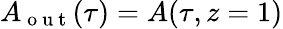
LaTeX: A_{\mathrm{~o~u~t~}}(\tau)=A(\tau,z=1)